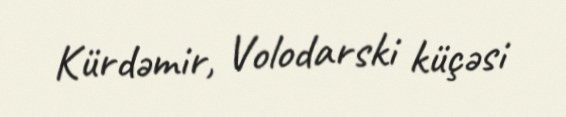
Kürdəmir, Volodarski küçəsi